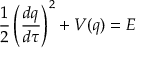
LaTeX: \frac { 1 } { 2 } \left( \frac { d q } { d \tau } \right) ^ { 2 } + V ( q ) = E